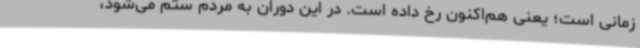
زمانی است؛ یعنی هم‌اکنون رخ داده است. در این دوران به مردم ستم می‌شود،